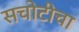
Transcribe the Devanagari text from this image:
सचोटीचा